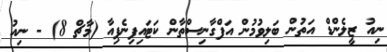
ނިއު ޒީލެންޑް އަތުން ބަލިވުމުން އަފްގާނިސްތާން ކަޓައިފިނެޕިއާ (މާޗް 8) - ނިއު